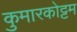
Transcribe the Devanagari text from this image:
कुमारकोट्टम